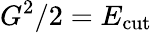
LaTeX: G^{2}/2=E_{\mathrm{{cut}}}